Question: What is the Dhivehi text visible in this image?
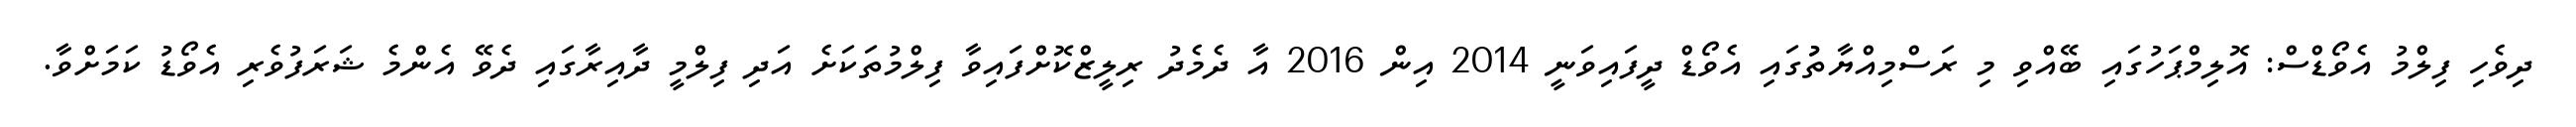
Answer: ދިވެހި ފިލްމު އެވޯޑްސް: އޮލިމްޕަހުގައި ބޭއްވި މި ރަސްމިއްޔާތުުގައި އެވޯޑް ދީފައިވަނީ 2014 އިން 2016 އާ ދެމެދު ރިލީޒްކޮށްފައިވާ ފިލްމުތަކަށެ އަދި ފިލްމީ ދާއިރާގައި ދެވޭ އެންމެ ޝަރަފުވެރި އެވޯޑު ކަމަށްވާ.